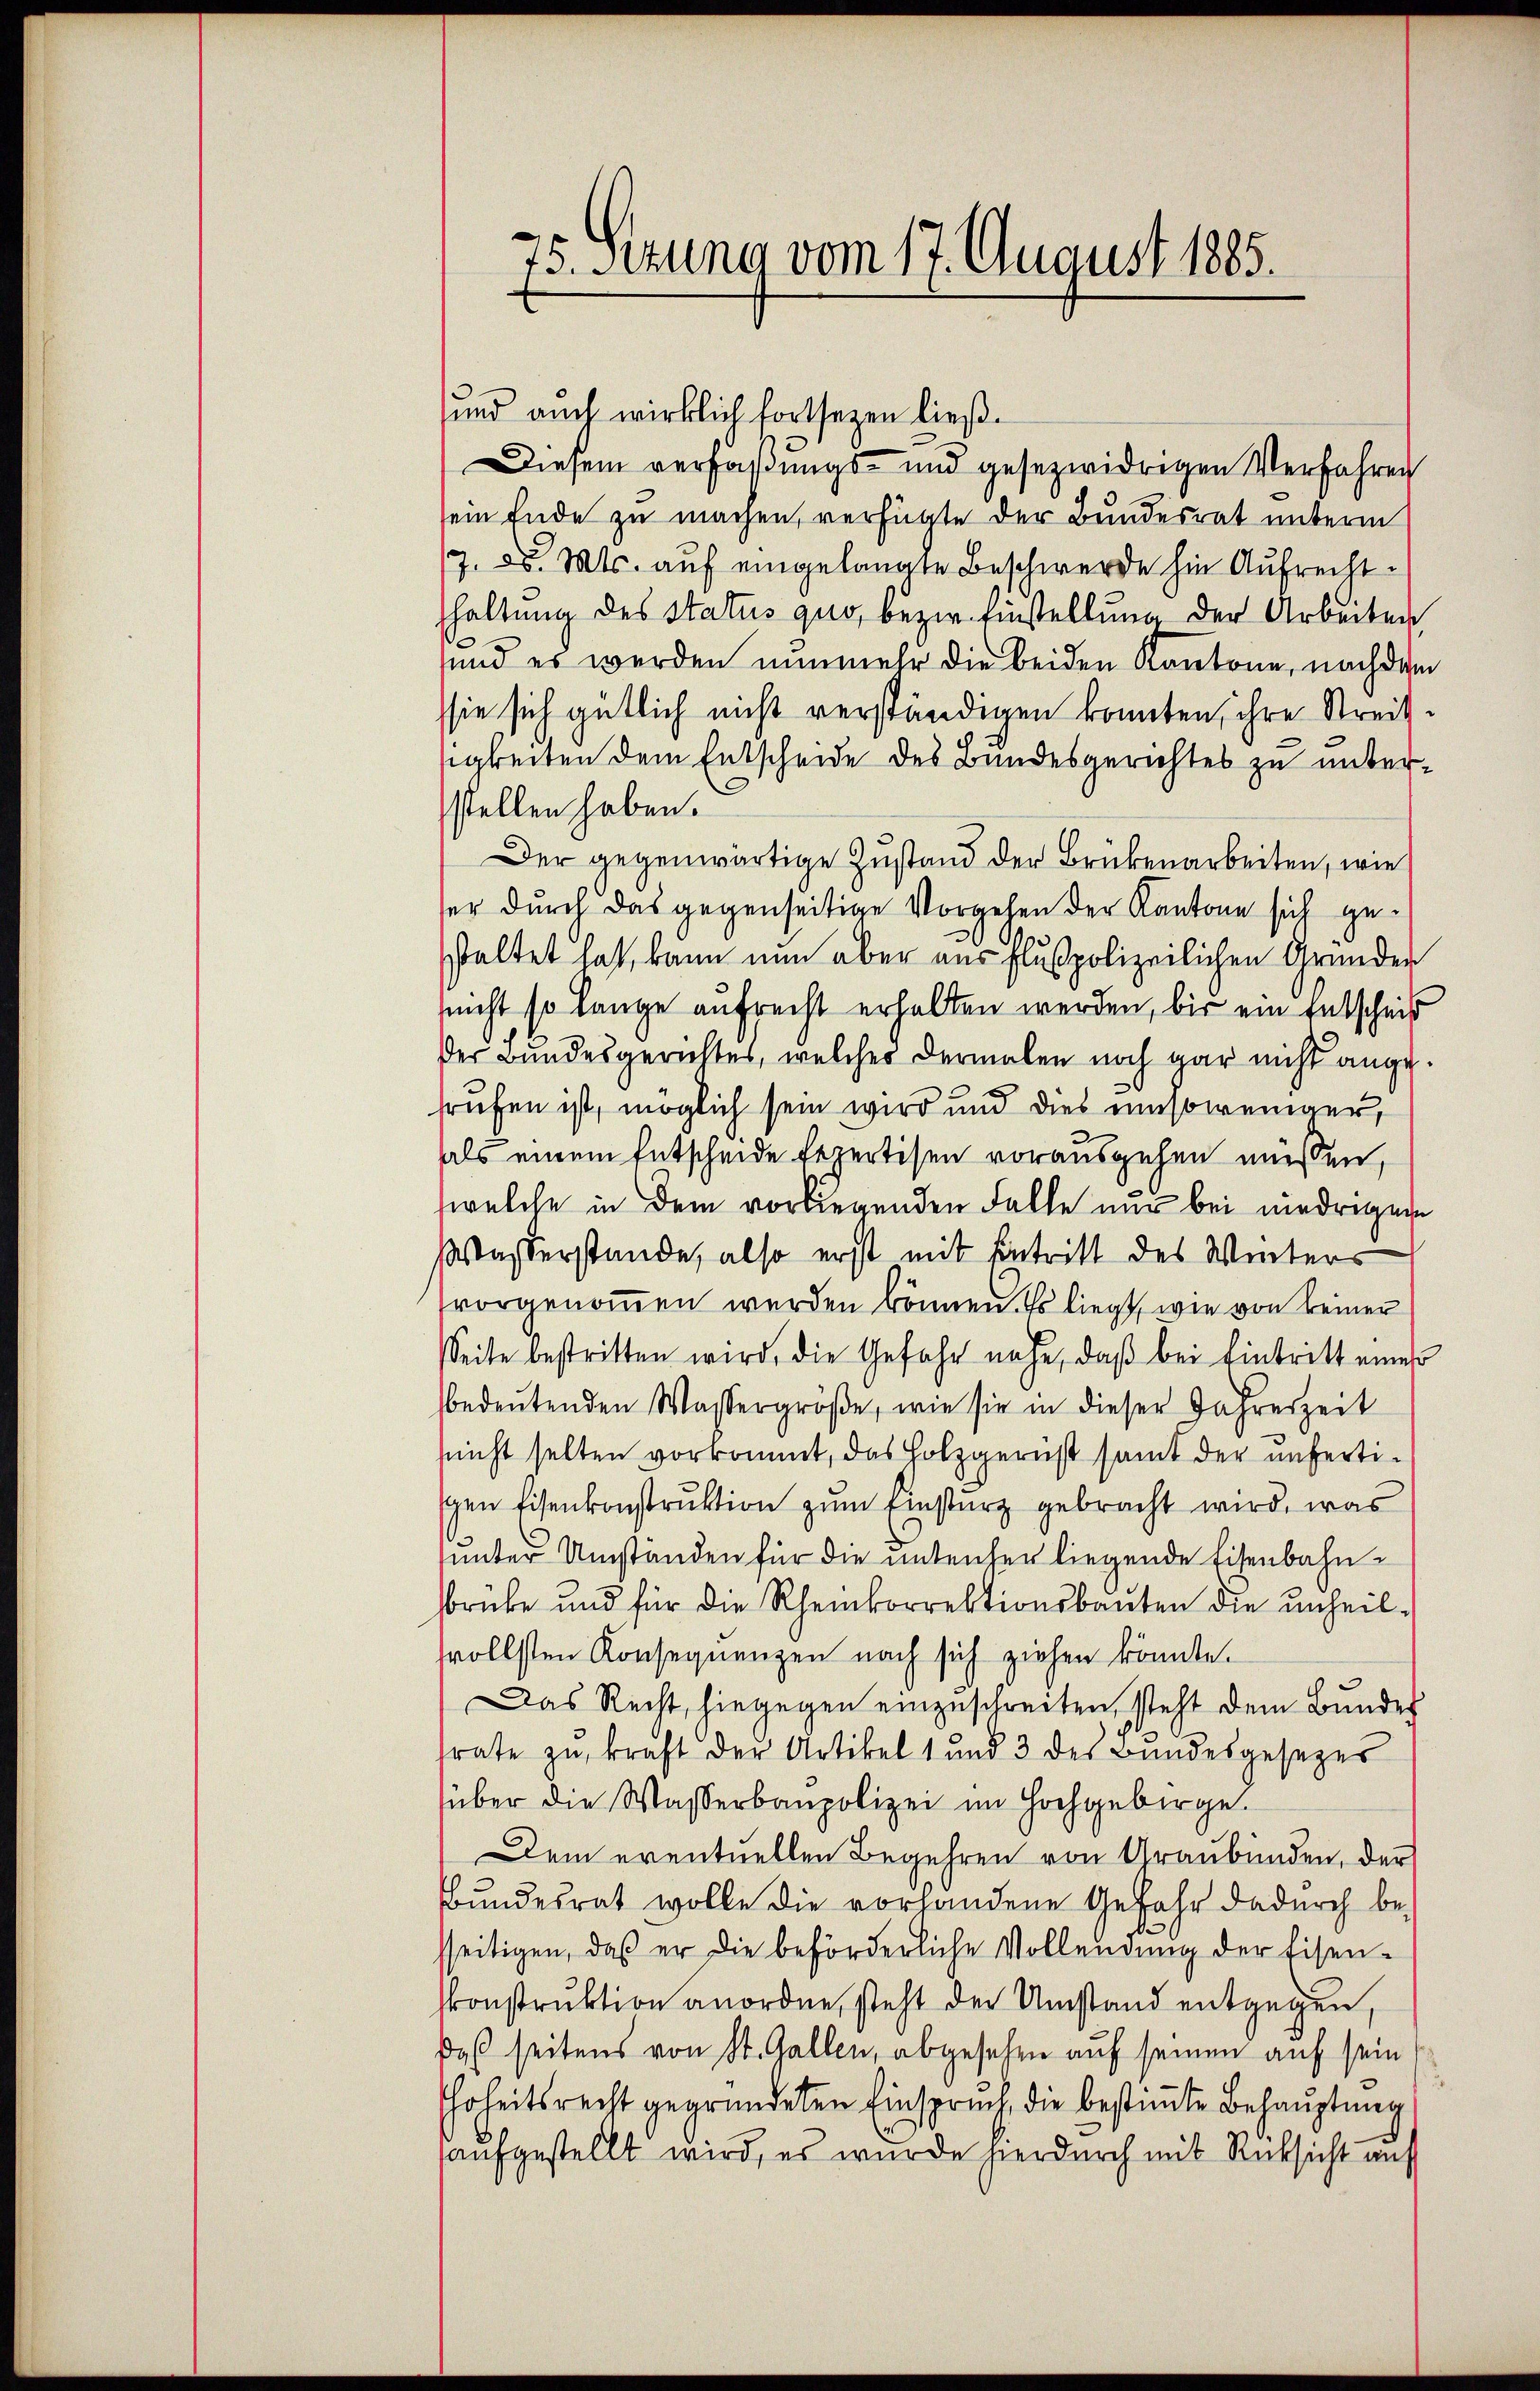
75. Setzung vom 17. August 1885.

sund auch wirklich fortsezen ließ.
Diesem verfaßungs- und gesezwidrigen Verfahren
sein Ende zu machen, verfügte der Bundesrat unterm
g. d. Mts. auf eingelangte Beschwerde hin Aufrechthaltung des Status quo, bezw. Einstellung der Arbeiten
und es werden nunmehr die beiden Kantone, nach dem
sie sich gütlich nicht verständigen konnten, ihre Streitsigkeiten dem Entscheide des Bundesgerichtes zu unterstellen haben.
Der gegenwärtige Zustand der Brükenarbeiten, wie
ser durch das gegenseitige Vorgehen der Kantone sich gee
staltet hat, kann nun aber aus Flußpolizeilichen Grunder
nicht so lange aufrecht erhalten werden, bis ein Entscheit
der Bundesgerichtes, welches dermalen noch gar nicht angefrufen ist, möglich sein wird und dies umsoweniger,
als einem Entscheide Repertisen vorausgehen müssen,
welche in dem vorliegenden Falle nur bei niedrigen
WWasserstände, also erst mit Eintritt des Winters
vorgenommen werden können. Es liegt, wie von keiner
Seite bestritten wird, die Gefahr nahe, daß bei Eintritt einer
bedeutenden Wassergröße, wie sie in dieser Jahreszeit
snicht selten vorkommt, das Holzgernst samt der unfertien Eisenkonstruktion zum Einsturz gebracht wird, was
unter Umständen für die unterher liegende Eisenbahnbrüke und für die Rheinkorrektionsbauten die unheilsvollsten Konsequenzen nach sich ziehen könnte.
Das Recht, hiegegen einzuschreiten, steht dem Bundes
frate zu kraft der Artikel 1 und 3 des Bundesgesezes
über die Wasserbaupolizei im Hochgebirge.
Dem eventuellen Begehren von Graubünden, der
Bundesrat wolle die vorhandene Gefahr dadurch besseitigen, daß er die beförderliche Vollendung der Eisen-
kkonstruktion anordne, steht der Umstand entgegen,
Daß seitens von St. Gallen, abgesehen auf seinen auf sein
Ehrheitsrecht gegründeten Einspruch die bestimmte Behauptung,
aufgestellt wird, es wurde hierdurch mit Rücksicht auf